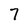
Character: 7